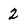
Character: 2